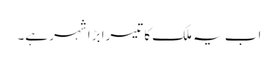
اب یہ ملک کا تیسرا بڑا شہر ہے۔